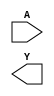
//Generated from netlist by SpyDrNet
//netlist name: FPGA88_SOFA_A
module sky130_fd_sc_hd__inv_1
(
    A,
    Y
);

    input A;
    output Y;

    wire A;
    wire Y;

endmodule